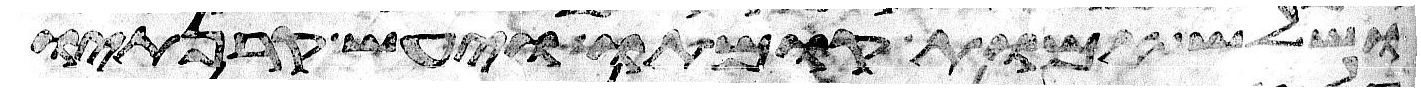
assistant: ושלש אמות קומתו ויעש קרנתיו